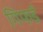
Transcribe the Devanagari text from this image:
गिफर्ड